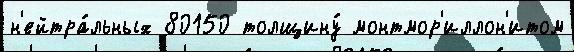
н'ейтра́льных 80150 толщину́ монтмор'иллон'итом